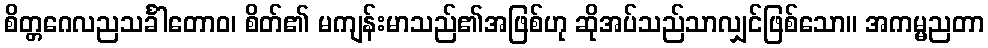
စိတ္တဂေလညသင်္ခါတောဝ၊ စိတ်၏ မကျန်းမာသည်၏အဖြစ်ဟု ဆိုအပ်သည်သာလျှင်ဖြစ်သော။ အကမ္မညတာ